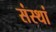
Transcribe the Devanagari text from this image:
संस्थां